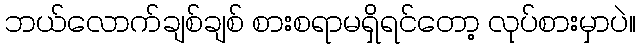
ဘယ်လောက်ချစ်ချစ် စားစရာမရှိရင်တော့ လုပ်စားမှာပဲ။